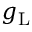
g _ { \mathrm { L } }